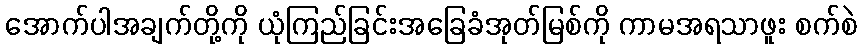
အောက်ပါအချက်တို့ကို ယုံကြည်ခြင်းအခြေခံအုတ်မြစ်ကို ကာမအရသာဖူး စက်စဲ